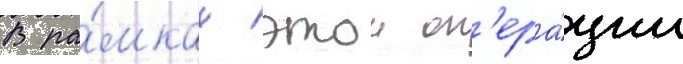
В ра́мках этои оп'ера́ции